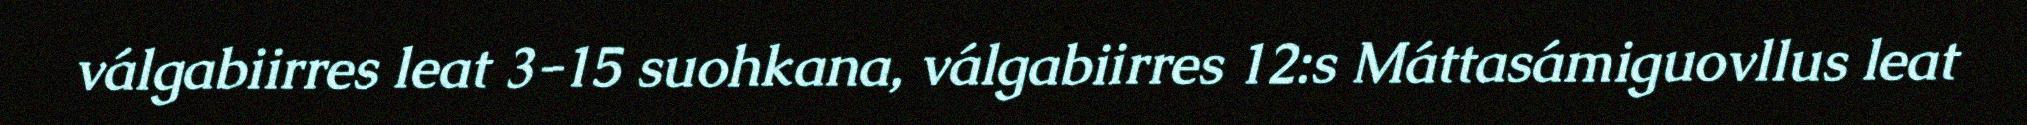
válgabiirres leat 3-15 suohkana, válgabiirres 12:s Máttasámiguovllus leat